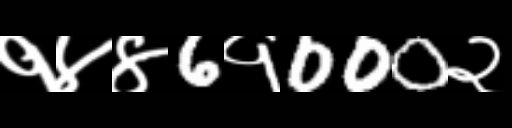
Text: १४४6१000२